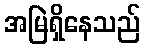
အမြဲရှိနေသည်